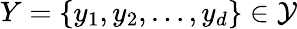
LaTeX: Y=\{ y_{1},y_{2},\dots,y_{d}\} \in\mathcal{Y}